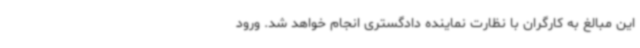
این مبالغ به کارگران با نظارت نماینده دادگستری انجام خواهد شد. ورود